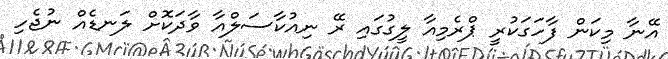
އޭނާ މިކަން ފާހަގަކުރީ ޕްރެމިއާ ލީގުގައި ރޭ ނިއުކާސަލްއާ ވާދަކޮށް ލަނޑެއް ނުޖެހި